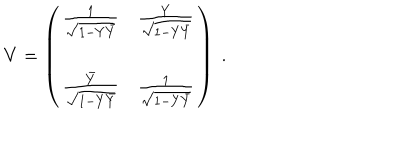
LaTeX: V = \left( \begin{matrix} { { { \frac { 1 } { \sqrt { 1 - Y \bar { Y } } } } } } & { { { \frac { Y } { \sqrt { 1 - Y \bar { Y } } } } } } \\ { { { \frac { \bar { Y } } { \sqrt { 1 - Y \bar { Y } } } } } } & { { { \frac { 1 } { \sqrt { 1 - Y \bar { Y } } } } } } \\ \end{matrix} \right) \ .